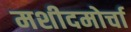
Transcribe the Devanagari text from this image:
मशीदमोर्चा